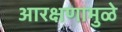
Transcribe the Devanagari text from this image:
आरक्षणामुळे